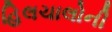
હિલચાલોની